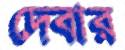
দেবার